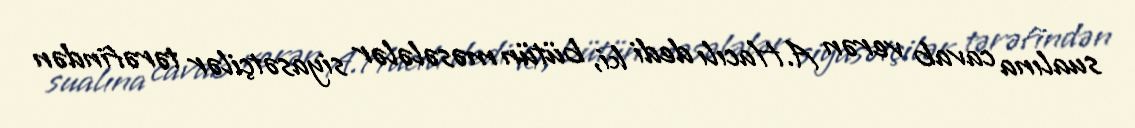
sualına cavab verən A.Hacılı dedi ki, bütün məsələlər siyasətçilər tərəfindən